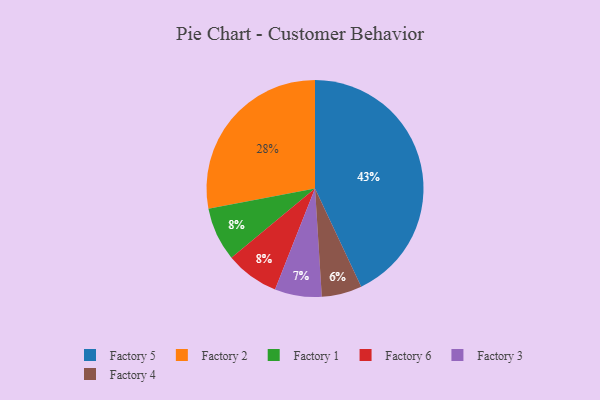
{"axis": {"x": "Category", "y": "Percentage"}, "legend": ["Factory 1", "Factory 2", "Factory 3", "Factory 4", "Factory 5", "Factory 6"], "data": [{"x": "Factory 1", "y": 8, "type": "Factory 1"}, {"x": "Factory 2", "y": 28, "type": "Factory 2"}, {"x": "Factory 3", "y": 7, "type": "Factory 3"}, {"x": "Factory 5", "y": 43, "type": "Factory 5"}, {"x": "Factory 4", "y": 6, "type": "Factory 4"}, {"x": "Factory 6", "y": 8, "type": "Factory 6"}]}